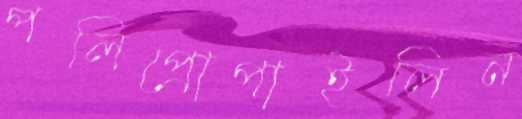
পলিপ্রোপাইলিন